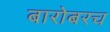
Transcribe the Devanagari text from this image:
बारोबरच